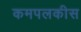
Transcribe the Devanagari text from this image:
कमपलकीस